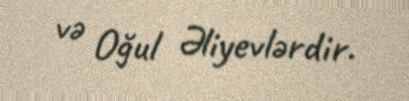
və Oğul Əliyevlərdir.